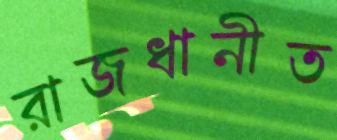
রাজধানীত